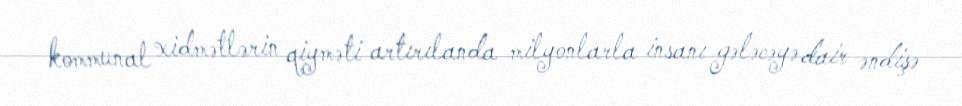
kommunal xidmətlərin qiyməti artırılanda milyonlarla insanı gələcəyə dair əndişə